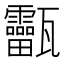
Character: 𤮸